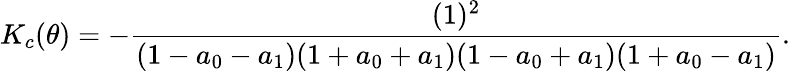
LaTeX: K_{c}(\theta)=-\frac{(1)^{2}}{(1-a_{0}-a_{1})(1+a_{0}+a_{1})(1-a_{0}+a_{1})(1+a_{0}-a_{1})}.